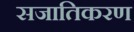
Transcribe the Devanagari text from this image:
सजातिकरण